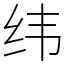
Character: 纬